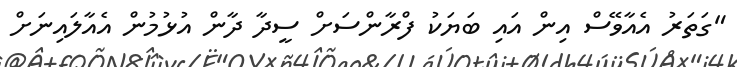
"ގަތަރު އެއާވޭސް އިން އައި ބަޔަކު ފްރާންސަށް ސީދާ ދާން އުޅުމުން އެއާލައިނަށް